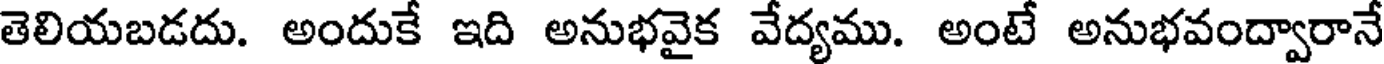
తెలియబడదు. అందుకే ఇది అనుభవైక వేద్యము. అంటే అనుభవంద్వారానే